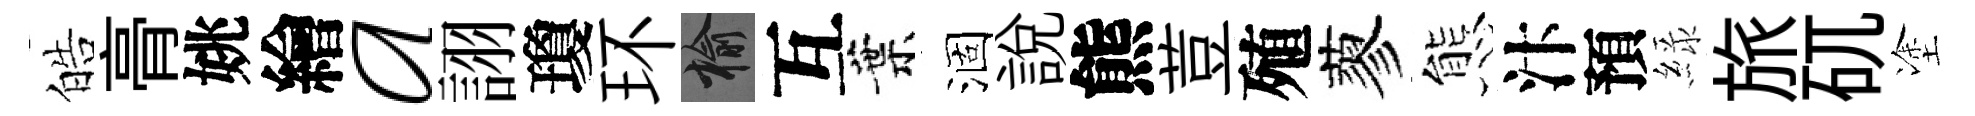
皓𮌔姚繪a詡瓊环榆互葉涸說熊荳殖蓼態汴預緑旅矹塗